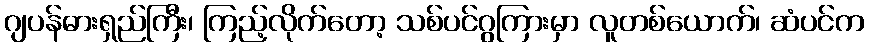
ဂျပန်ဓားရှည်ကြီး၊ ကြည့်လိုက်တော့ သစ်ပင်ဂွကြားမှာ လူတစ်ယောက်၊ ဆံပင်က